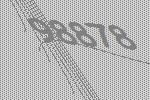
98878